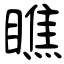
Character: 瞧